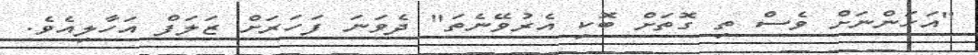
"އަހަންނަށް ވެސް ތި ގޮތަށް ބޮކި އެރުވޭނެތަ" ދެވަނަ ފަހަރަށް ޒަލަފް އަހާލިއެވެ.